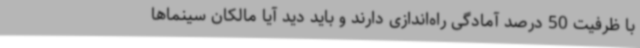
با ظرفیت 50 درصد آمادگی راه‌اندازی دارند و باید دید آیا مالکان سینماها